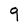
Character: 9